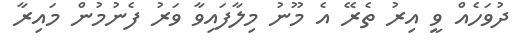
ދުވަހެއް ވީ އިރު ތެރޭ އެ މޫނު މިލާފައިވާ ވަރު ފެނުމުން މައިރާ